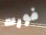
فورت